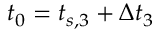
t _ { 0 } = t _ { s , 3 } + \Delta t _ { 3 }